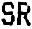
SR